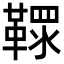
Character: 𩌐